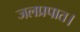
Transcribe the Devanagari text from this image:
जलप्रपात।